Vaccine operations Central Provinces & Berar 1912-1920 - 1912-1920
Year: 1912
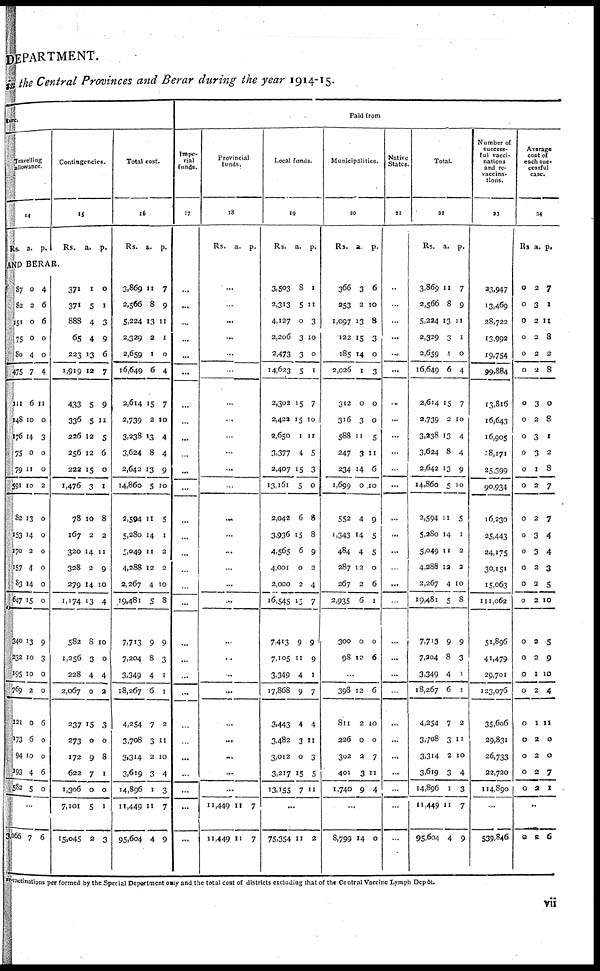
DEPARTMENT.
in the Central Provinces and Berar during the year 1914-15.
ture.
Travelling
allowance.
15
Rs. a. p.
Contingencies.
15
Rs. a. p.
AND BERAR.
87
82
151
75
80
475
111
148
176
75
79
591
82
153
170
157
83
647
340
232
195
769
121
173
94
193
582
0
2
0
0
4
7
6
10
14
0
11
10
13
14
2
4
14
15
13
10
10
2
0
6
10
4
5
4
6
6
0
0
4
11
0
3
0
0
2
0
0
0
0
0
0
9
3
0
0
6
0
0
6
0
...
3,066 7 6
371
371
888
65
223
1,919
433
336
226
256
222
1,479
78
167
320
328
279
1,174
582
1,256
228
2,067
237
273
172
622
1,306
7,101
15,045
1
5
4
4
13
12
5
5
12
12
15
3
10
2
14
2
14
13
8
3
4
0
15
0
9
7
0
5
2
0
1
3
9
6
7
9
11
5
6
0
1
8
2
11
9
10
4
10
0
4
2
3
0
8
1
0
1
3
Total cost.
16
Rs. a. p.
3,869
2,566
5,224
2,329
2,659
16,649
2,614
2,739
3,238
3,624
2,642
14,860
2,594
5,280
5,049
4,288
2,267
19,481
7,713
7,204
3,349
18,267
4,254
3,708
3,314
3,619
14,896
11,449
95,604
11
8
13
2
1
6
15
2
13
8
13
5
11
14
11
12
4
5
9
8
4
6
7
3
2
3
1
11
4
7
9
11
1
0
4
7
10
4
4
9
10
5
1
2
2
10
8
9
3
1
1
2
11
10
4
3
7
9
Paid from
Impe-
rial
funds.
17
...
...
...
...
...
...
...
...
...
...
...
...
...
...
...
...
...
...
...
...
...
...
...
...
...
...
...
...
...
Provincial
funds.
18
Rs. a. p.
...
...
...
...
...
...
...
...
...
...
...
...
...
...
...
...
...
...
...
...
...
...
...
...
...
...
...
11,449
11,449
11
11
7
7
Local funds.
19
Rs. a. p.
3,503
2,313
4,127
2,206
2,473
14,623
2,302
2,422
2,650
3,377
2,407
13,161
2,042
3,936
4,565
4,001
2,000
16,545
7,413
7,105
3,349
17,868
3,443
3,482
3,012
3,217
13,155
8
5
0
3
3
5
15
15
1
4
15
5
6
15
6
0
2
15
9
11
4
9
4
3
0
15
7
1
11
3
10
0
1
7
10
11
5
3
0
8
8
9
2
4
7
9
9
1
7
4
11
3
5
11
...
75,354 11 2
Municipalities.
20
Rs. a. p.
366
253
1,097
122
185
2,026
312
316
588
247
234
1,699
552
1,343
484
287
267
2,935
300
98
3
2
13
15
14
1
0
3
11
3
14
0
4
14
4
12
2
6
0
12
6
10
8
3
0
3
0
0
5
11
6
10
9
5
5
0
6
1
0
6
...
398
811
226
302
401
1,740
12
2
0
2
3
9
6
10
0
7
11
4
...
8,799 14 0
Native
States
21
...
...
...
...
...
...
...
...
...
...
...
...
...
...
...
...
...
...
...
...
...
...
...
...
...
...
...
...
...
Total.
22
Rs. a. p.
3,869
2,566
5,224
2,329
2,659
16,649
2,614
2,739
3,238
3,624
2,642
14,860
2,594
5,280
5,049
4,288
2,267
19,481
7,713
7,204
3,349
18,267
4,254
3,708
3,314
3,619
14,896
11,449
95,604
11
8
13
3
1
6
15
2
13
8
13
5
11
14
11
12
4
5
9
8
4
6
7
3
2
3
1
11
4
7
9
11
1
0
4
7
10
4
4
9
10
5
1
2
2
10
8
9
3
1
1
2
11
10
4
3
7
9
Number of
success.
ful vacci-
nations
and re-
vaccina.
tions.
23
23,947
13,469
28,722
13,992
19,754
99,884
13,8l6
16,643
16,905
18,171
25,399
90,934
16,230
25,443
24,175
30,151
15,063
111,062
51,896
41,479
29,701
123,076
35,606
29,831
26,733
22,720
114,890
...
539,846
Average
cost of
each suc-
cessful
case.
24
Rs a. p.
0
0
0
0
0
0
0
0
0
0
0
0
0
0
0
0
0
0
0
0
0
0
0
0
0
0
0
2
3
2
2
2
2
3
2
3
3
1
2
2
3
3
2
2
2
2
2
1
2
1
2
2
2
2
7
1
11
8
2
8
0
8
1
2
8
7
7
4
4
3
5
10
5
9
10
4
11
0
0
7
1
...
0
2 6
re-vaccinations per formed by the Special Department only and the total cost of districts excluding that of the Central Vaccine Lymph Depôt.
vii